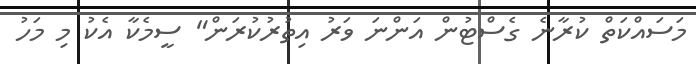
މަސައްކަތް ކުރާނެ ގެސްޓުން އަންނަ ވަރު އިތުރުކުރަން" ސީމެކާ އެކު މި މަހު